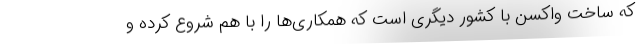
که ساخت واکسن با کشور دیگری است که همکاری‌ها را با هم شروع کرده و